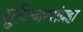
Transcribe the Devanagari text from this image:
सुविचारसंग्रहा